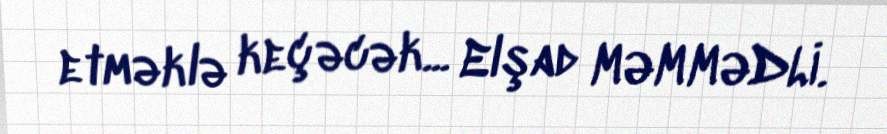
etməklə keçəcək... Elşad MƏMMƏDLİ.